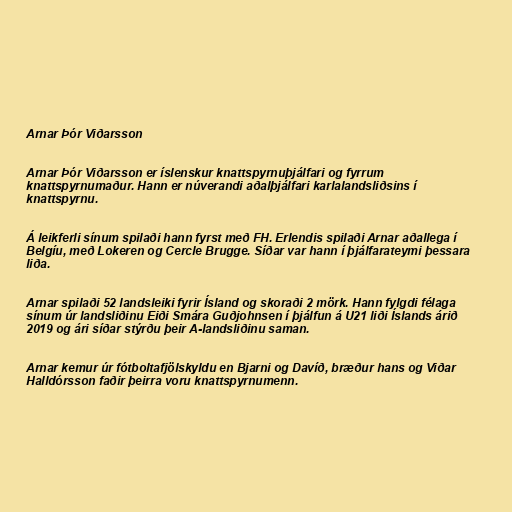
Arnar Þór Viðarsson

Arnar Þór Viðarsson er íslenskur knattspyrnuþjálfari og fyrrum
knattspyrnumaður. Hann er núverandi aðalþjálfari karlalandsliðsins í
knattspyrnu.

Á leikferli sínum spilaði hann fyrst með FH. Erlendis spilaði Arnar aðallega í
Belgíu, með Lokeren og Cercle Brugge. Síðar var hann í þjálfarateymi þessara
liða.

Arnar spilaði 52 landsleiki fyrir Ísland og skoraði 2 mörk. Hann fylgdi félaga
sínum úr landsliðinu Eiði Smára Guðjohnsen í þjálfun á U21 liði Íslands árið
2019 og ári síðar stýrðu þeir A-landsliðinu saman.

Arnar kemur úr fótboltafjölskyldu en Bjarni og Davíð, bræður hans og Viðar
Halldórsson faðir þeirra voru knattspyrnumenn.